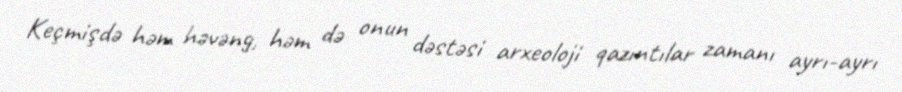
Keçmişdə həm həvəng, həm də onun dəstəsi arxeoloji qazıntılar zamanı ayrı-ayrı